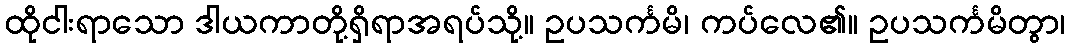
ထိုငါးရာသော ဒါယကာတို့ရှိရာအရပ်သို့။ ဥပသင်္ကမိ၊ ကပ်လေ၏။ ဥပသင်္ကမိတွာ၊